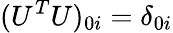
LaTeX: (U^{T}U)_{0i}=\delta_{0i}